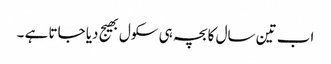
اب تین سال کا بچہ ہی سکول بھیج دیا جاتا ہے ۔